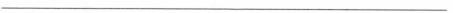
___